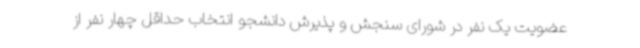
عضویت یک نفر در شورای سنجش و پذیرش دانشجو انتخاب حداقل چهار نفر از